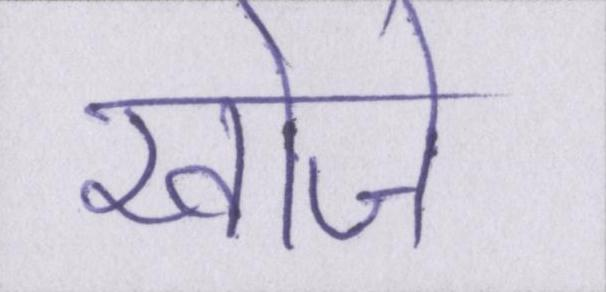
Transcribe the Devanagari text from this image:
खोजे